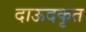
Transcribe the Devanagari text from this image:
दाऊदकृत